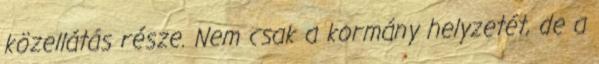
közellátás része. Nem csak a kormány helyzetét, de a